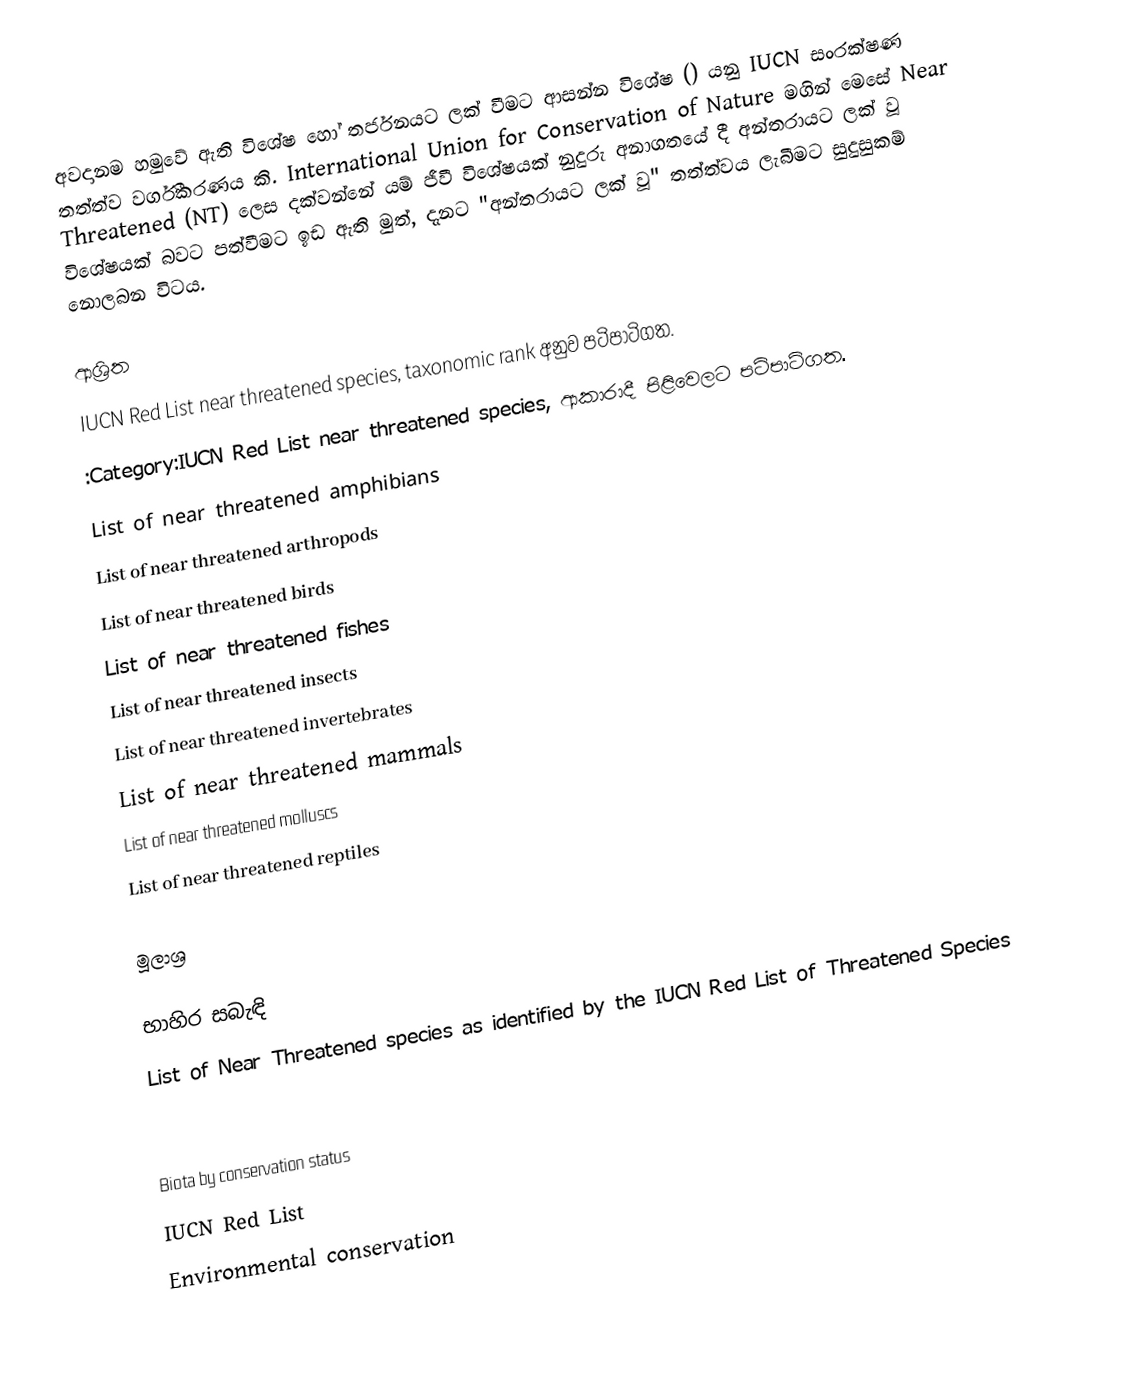
අවදානම හමුවේ ඇති විශේෂ හෝ තර්ජනයට ලක් වීමට ආසන්න විශේෂ () යනු IUCN සංරක්ෂණ තත්ත්ව වර්ගීකරණය කි. International Union for Conservation of Nature මගින් මෙසේ Near Threatened (NT) ලෙස දක්වන්නේ යම් ජීවී විශේෂයක් නුදුරු අනාගතයේ දී අන්තරායට ලක් වූ විශේෂ‎යක් බවට පත්වීමට ඉඩ ඇති මුත්, දැනට "අන්තරායට ලක් වූ" තත්ත්වය ලැබීමට සුදුසුකම් නොලබන විටය.

ආශ්‍රිත
IUCN Red List near threatened species, taxonomic rank අනුව පටිපාටිගත.
:Category:IUCN Red List near threatened species, ආකාරාදී පිළිවෙලට පටිපාටිගත.
List of near threatened amphibians
List of near threatened arthropods
List of near threatened birds
List of near threatened fishes
List of near threatened insects
List of near threatened invertebrates
List of near threatened mammals
List of near threatened molluscs
List of near threatened reptiles

මූලාශ්‍ර

භාහිර සබැඳි
List of Near Threatened species as identified by the IUCN Red List of Threatened Species

Biota by conservation status
IUCN Red List
Environmental conservation